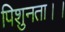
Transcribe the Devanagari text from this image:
पिशुनता।।